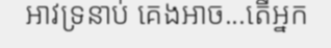
អាវទ្រនាប់ គេងអាច...តើអ្នក